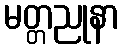
မတ္တညုနာ